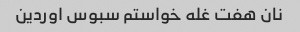
نان هفت غله خواستم سبوس اوردین